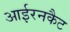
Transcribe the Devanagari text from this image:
आईरनकैट